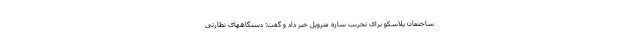
ساختمان پلاسکو برای تخریب سازه متروپل خبر داد و گفت: دستگاههای نظارتی